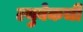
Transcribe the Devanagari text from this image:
ल्युबेकची